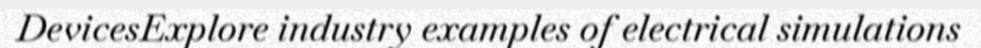
DevicesExplore industry examples of electrical simulations